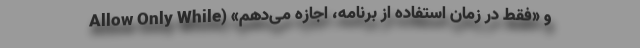
و «فقط در زمان استفاده از برنامه، اجازه می‌دهم» (Allow Only While